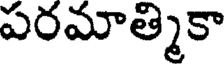
పరమాత్మికా